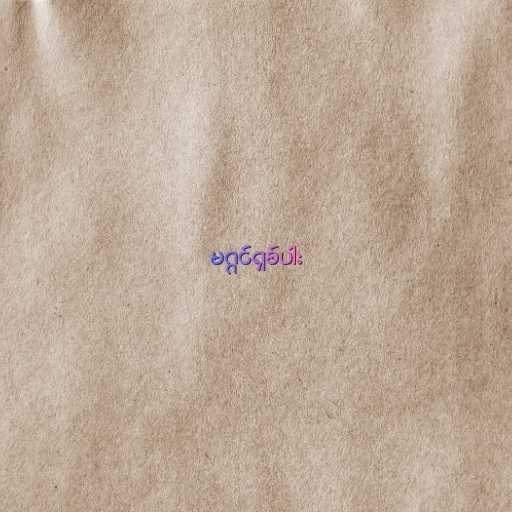
မဂ္ဂင်ရှစ်ပါး